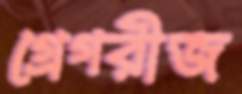
গ্রেগরীজ